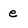
Character: e